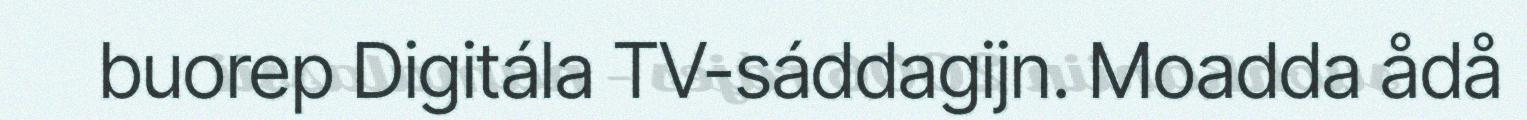
buorep Digitála TV-sáddagijn. Moadda ådå